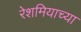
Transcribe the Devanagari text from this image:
रेशमियाच्या